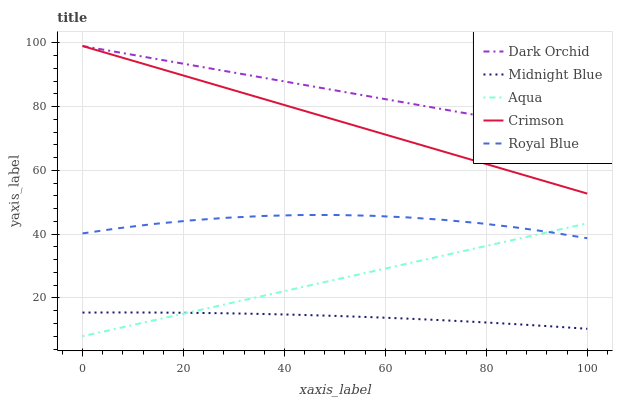
| xaxis_label | Dark Orchid | Midnight Blue | Aqua | Crimson | Royal Blue |
 | --- | --- | --- | --- | --- | --- |
 | 0 | 99 | 15.4 | 8 | 99 | 40.2 |
 | 7.14 | 97 | 15.5 | 10.5 | 95.7 | 41.9 |
 | 14.3 | 95 | 15.4 | 13.1 | 92.4 | 43.2 |
 | 21.4 | 93 | 15.3 | 15.6 | 89.1 | 44.3 |
 | 28.6 | 91.1 | 15.2 | 18.1 | 85.8 | 45.1 |
 | 35.7 | 89.1 | 15 | 20.6 | 82.5 | 45.7 |
 | 42.9 | 87.1 | 14.7 | 23.2 | 79.2 | 46 |
 | 50 | 85.1 | 14.4 | 25.7 | 75.9 | 46 |
 | 57.1 | 83.1 | 14 | 28.2 | 72.6 | 45.8 |
 | 64.3 | 81.1 | 13.5 | 30.8 | 69.3 | 45.3 |
 | 71.4 | 79.2 | 13 | 33.3 | 66 | 44.5 |
 | 78.6 | 77.2 | 12.4 | 35.8 | 62.6 | 43.5 |
 | 85.7 | 75.2 | 11.8 | 38.3 | 59.3 | 42.1 |
 | 92.9 | 73.2 | 11.1 | 40.9 | 56 | 40.6 |
 | 100 | 71.2 | 10.3 | 43.4 | 52.7 | 38.7 |